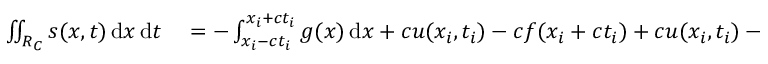
\begin{array} { r l } { \iint _ { R _ { C } } s ( x , t ) \, \mathrm { d } x \, \mathrm { d } t } & { { } = - \int _ { x _ { i } - c t _ { i } } ^ { x _ { i } + c t _ { i } } g ( x ) \, \mathrm { d } x + c u ( x _ { i } , t _ { i } ) - c f ( x _ { i } + c t _ { i } ) + c u ( x _ { i } , t _ { i } ) - c f ( x _ { i } - c t _ { i } ) } \end{array}